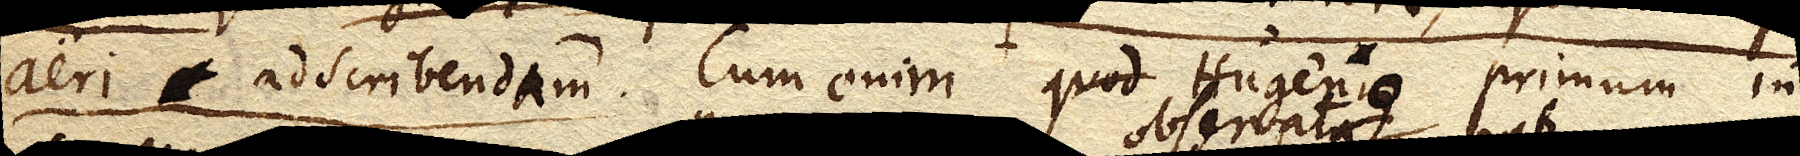
aeri adscribendam. Cum enim quod Hugenius primum in